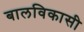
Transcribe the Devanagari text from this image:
बालविकासी